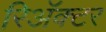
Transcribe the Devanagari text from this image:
रिअॅक्टर